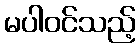
မပါဝင်သည့်